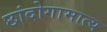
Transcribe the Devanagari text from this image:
छांदोगामात्य